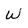
Character: w